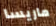
ماريسا